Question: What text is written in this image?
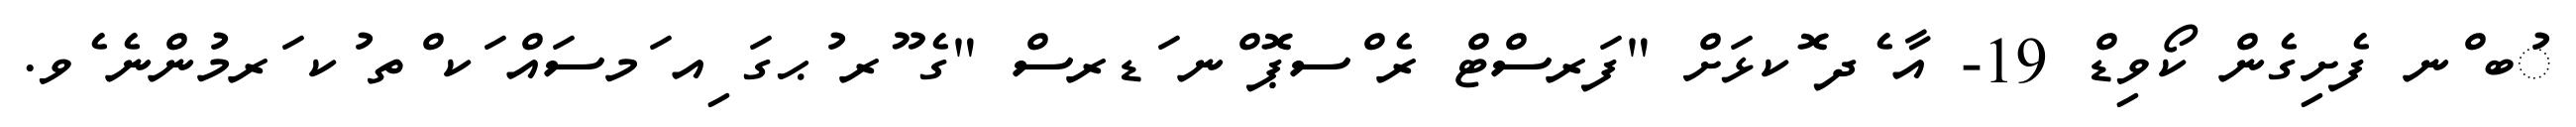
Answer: ުބ ްނ ފެށިގެން ކޯވިޑް 19- އާ ެދ ޮކޅަށް "ފަރސްޓް ރެ ްސޕޮ ްނ ަޑރސް "ގެ ޫރ ުޙގަ ިއ ަމސައް ަކ ްތ ުކ ަރމުންނެ ެވ.